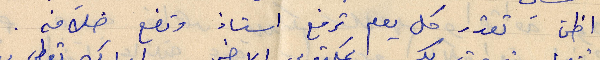
اظن تقدر كل يوم ترفع أستاذ وتضع خلافه.